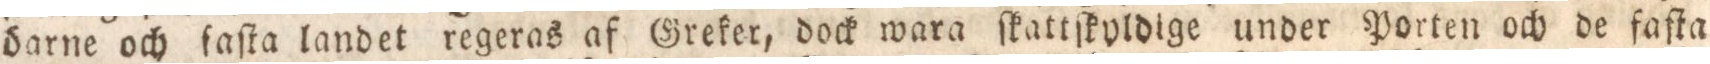
öarne och ſaſta landet regeras af Greker, dock wara ſkattſkyldige under Porten och de faſta